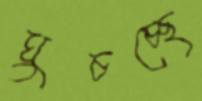
ঘুচচ্ছে